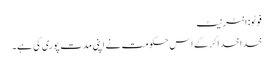
فوٹو: انٹرنیٹ
خدا خدا کرکے اس حکومت نے اپنی مدت پوری کی ہے۔